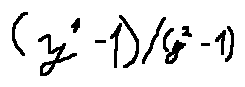
( y ^ { 4 } - 1 ) / ( y ^ { 2 } - 1 )